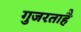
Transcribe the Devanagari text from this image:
गुजरताहै